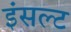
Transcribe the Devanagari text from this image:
इंसल्ट